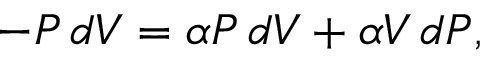
- P \, d V = \alpha P \, d V + \alpha V \, d P ,